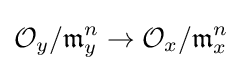
{\mathcal {O}}_{y}/{\mathfrak {m}}_{y}^{n}\to {\mathcal {O}}_{x}/{\mathfrak {m}}_{x}^{n}